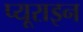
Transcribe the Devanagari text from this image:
प्यूराइन